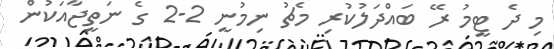
މި ދެ ޓީމު ރޭ ބައްދަލުކުރި މެޗު ނިމުނީ 2-2 ގެ ނަތީޖާއަކުން